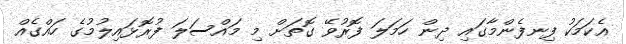
އެކަމަކު ފިނފެންމާގައި ދިން ހަމަލަ ފޮރުވޭ ގޮތަށް މި މައްސަލަ ފުރޮޅައިލުމުގެ ހައްގެއް